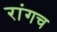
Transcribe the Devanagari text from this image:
रांगच